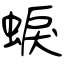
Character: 蜧